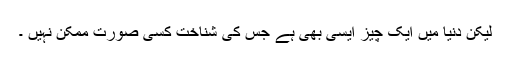
لیکن دنیا میں ایک چیز ایسی بھی ہے جس کی شناخت کسی صورت ممکن نہیں ۔